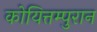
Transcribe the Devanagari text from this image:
कोयित्तम्पुरान